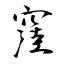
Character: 窪